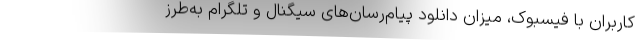
کاربران با فیسبوک، میزان دانلود پیام‌رسان‌های سیگنال و تلگرام به‌طرز